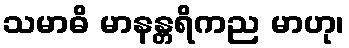
သမာဓိ မာနန္တရိကည မာဟု၊